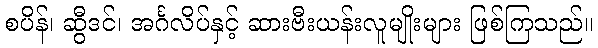
စပိန်၊ ဆွီဒင်၊ အင်္ဂလိပ်နှင့် ဆားဗီးယန်းလူမျိုးများ ဖြစ်ကြသည်။